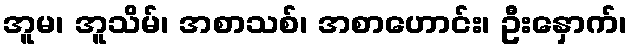
အူမ၊ အူသိမ်၊ အစာသစ်၊ အစာဟောင်း၊ ဦးနှောက်၊